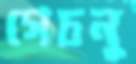
গেচনু